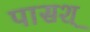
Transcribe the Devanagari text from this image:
पासश्